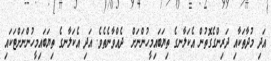
އަދި މުދާތަކާއި ދަރިންގެގޮތުން އެކަލާނގެ ތިޔަބައިމީހުންނަށް  ދެއްވާނެތެވެ. އަދި އެކަލާނގެ ތިޔަބައިމީހުންނަށްޓަކައި